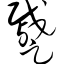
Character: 蹙